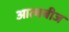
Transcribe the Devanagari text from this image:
आत्मबीज